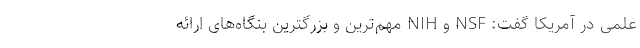
علمی در آمریکا گفت: NSF و NIH مهم‌ترین و بزرگترین بنگاه‌های ارائه